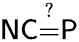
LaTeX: {\mathsf{NC}}{\overset{?}{=}}{\mathsf{P}}